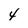
Character: 4